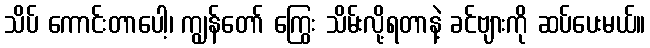
သိပ် ကောင်းတာပေါ့၊ ကျွန်တော် ကြွေး သိမ်းလို့ရတာနဲ့ ခင်ဗျားကို ဆပ်ပေးမယ်။